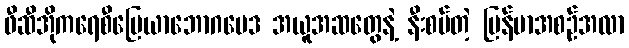
ဖီဆီအိုကရေစီမြေယာဘောဂဗေဒ အယူအဆတွေနဲ့ နီးစပ်တဲ့ မြန်မာအစဉ်အလာ